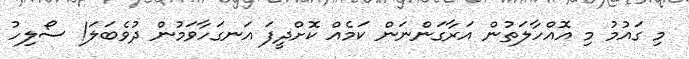
މި ގައުމު މި އޮއްހާލަތުން އަރާގަންނަން ކަމެއް ކޮށްދީފަ އަނގަހާވަމުން ދުވެބަލަ! ސޯލިހު